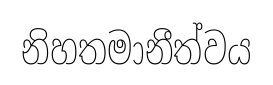
නිහතමානීත්වය